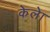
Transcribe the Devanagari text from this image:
केलेा